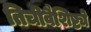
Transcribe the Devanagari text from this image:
तिचीवैशिष्ट्ये